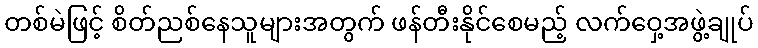
တစ်မဲဖြင့် စိတ်ညစ်နေသူများအတွက် ဖန်တီးနိုင်စေမည့် လက်ဝှေ့အဖွဲ့ချုပ်